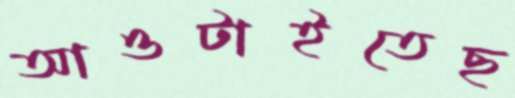
আওটাইতেছ